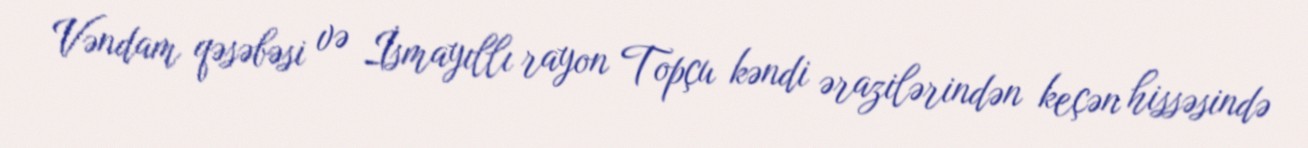
Vəndam qəsəbəsi və İsmayıllı rayon Topçu kəndi ərazilərindən keçən hissəsində